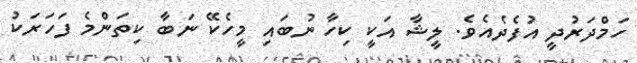
ހަމްދަރުދީ އުފެދެއެވެ. ލީޝާ އަކީ ކިހާ ނުބައި މީހެކޭ ނަބާ ކިތަންމެ ފަހަރަކު